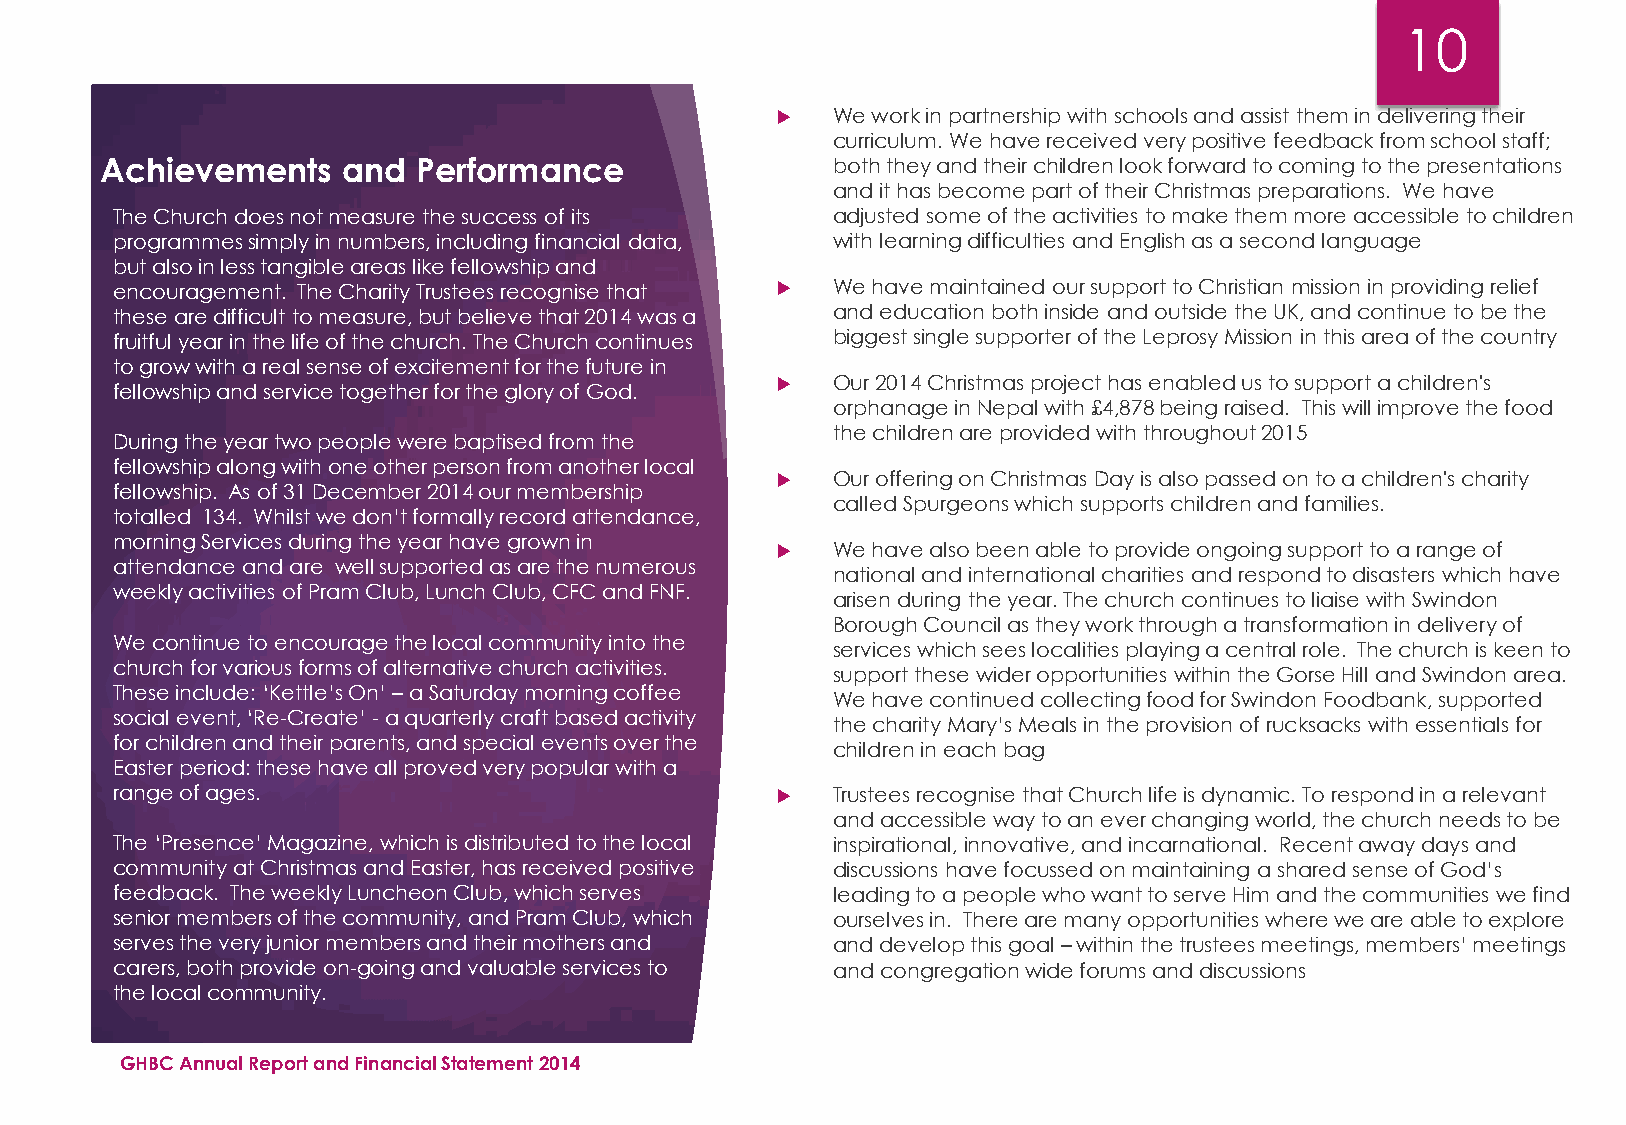
10
    We work in partnership with schools and assist them in delivering their
 curriculum. We have received very positive feedback from school staff;
 Achievements    and  Performance                both they and their children look forward to coming to the presentations
 and it has become part of their Christmas preparations. We have
 The Church does not measure the success of its  adjusted some of the activities to make them more accessible to children
 programmessimply in numbers, including financial data, with learning difficulties and English as a second language
 but also in less tangible areas like fellowship and
 encouragement. The Charity Trustees recognise that  We have maintained our support to Christian mission in providing relief
 these are difficult to measure, but believe that 2014 was a and education both inside and outside the UK, and continue to be the
 fruitful year in the life of the church. The Church continues biggest single supporter of the Leprosy Mission in this area of the country
 to grow with a real sense of excitement for the future in
    Our 2014 Christmas project has enabled us to support a children's
 fellowship and service together for the glory of God.
 orphanage in Nepal with £4,878 being raised. This will improve the food
 the children are provided with throughout 2015
 During the year two people were baptised from the
 fellowship along with one other person from another local
    Our offering on Christmas Day is also passed on to a children's charity
 fellowship. As of 31 December 2014 our membership
 called Spurgeonswhich supports children and families.
 totalled 134. Whilst we don’t formally record attendance,
 morning Services during the year have grown in
    We have also been able to provide ongoing support to a range of
 attendance and are well supported as are the numerous
 national and international charities and respond to disasters which have
 weekly activities of Pram Club, Lunch Club, CFC and FNF.
 arisen during the year. The church continues to liaise with Swindon
 Borough Council as they work through a transformation in delivery of
 We continue to encourage the local community into the
 services which sees localities playing a central role. The church is keen to
 church for various forms of alternative church activities.
 support these wider opportunities within the Gorse Hill and Swindon area.
 These include: ‘Kettle’s On’ –a Saturday morning coffee
 We have continued collecting food for Swindon Foodbank, supported
 social event, ‘Re-Create’ -a quarterly craft based activity
 the charity Mary’s Meals in the provision of rucksacks with essentials for
 for children and their parents, and special events over the
 children in each bag
 Easter period: these have all proved very popular with a
 range of ages.                                 Trustees recognise that Church life is dynamic. To respond in a relevant
 and accessible way to an ever changing world, the church needs to be
 The ‘Presence’ Magazine, which is distributed to the local inspirational, innovative, and incarnational. Recent away days and
 community at Christmas and Easter, has received positive discussions have focussed on maintaining a shared sense of God’s
 feedback. The weekly Luncheon Club, which serves leading to a people who want to serve Him and the communities we find
 senior members of the community, and Pram Club, which ourselves in. There are many opportunities where we are able to explore
 serves the very junior members and their mothers and and develop this goal –within the trustees meetings, members’ meetings
 carers, both provide on-going and valuable services to and congregation wide forums and discussions
 the local community.
 GHBC Annual Report and Financial Statement 2014